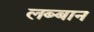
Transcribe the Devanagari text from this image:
लब्बान